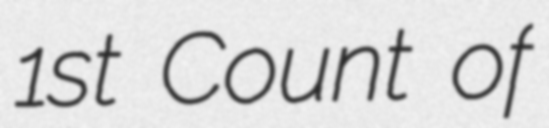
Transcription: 1st Count of